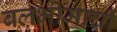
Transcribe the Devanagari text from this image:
बलभीमाची